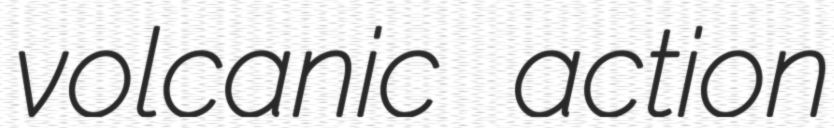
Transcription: volcanic action